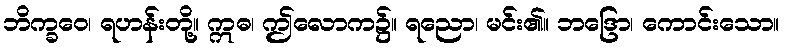
ဘိက္ခဝေ၊ ရဟန်းတို့။ ဣဓ၊ ဤလောက၌။ ရညော၊ မင်း၏။ ဘဒြော၊ ကောင်းသော။